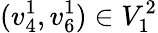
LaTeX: (v_{4}^{1},v_{6}^{1})\in V_{1}^{2}